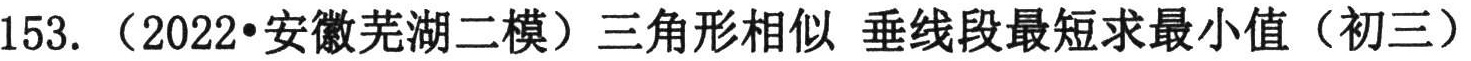
153. （2022•安徽芜湖二模）三角形相似 垂线段最短求最小值（初三）